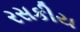
રસકીય